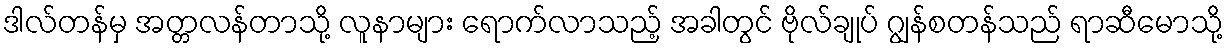
ဒါလ်တန်မှ အတ္တလန်တာသို့ လူနာများ ရောက်လာသည့် အခါတွင် ဗိုလ်ချုပ် ဂျွန်စတန်သည် ရာဆီမောသို့